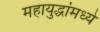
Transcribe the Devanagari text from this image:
महायुद्धांमध्ये